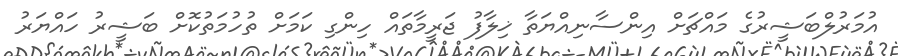
އުމަރުލްބަޝީރުގެ މައްޗަށް އިންސާނިއްޔަތާ ޚިލާފު ޖަރީމާތައް ހިންގި ކަމަށް ތުހުމަތުކޮށް ބަޝީރު ހައްޔަރު